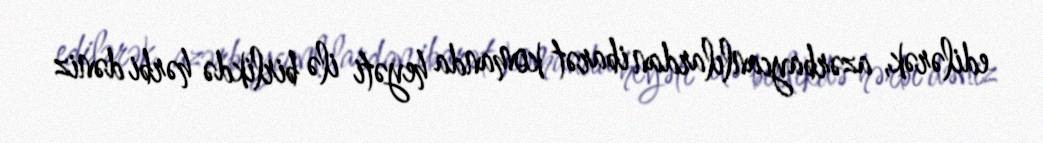
edilərək, azərbaycanlılardan ibarət komanda heyəti ilə birlikdə hərbi dəniz